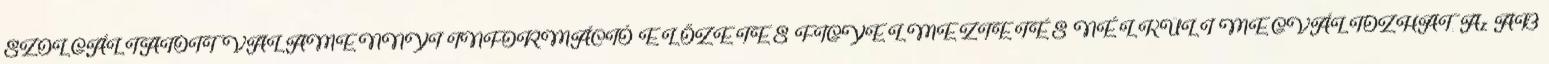
SZOLGÁLTATOTT VALAMENNYI INFORMÁCIÓ ELŐZETES FIGYELMEZTETÉS NÉLKÜLI MEGVÁLTOZHAT. Az AB